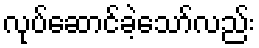
လုပ်ဆောင်ခဲ့သော်လည်း